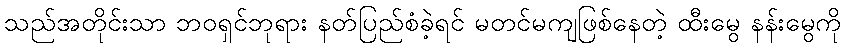
သည်အတိုင်းသာ ဘဝရှင်ဘုရား နတ်ပြည်စံခဲ့ရင် မတင်မကျဖြစ်နေတဲ့ ထီးမွေ နန်းမွေကို